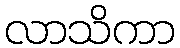
လာသိကာ